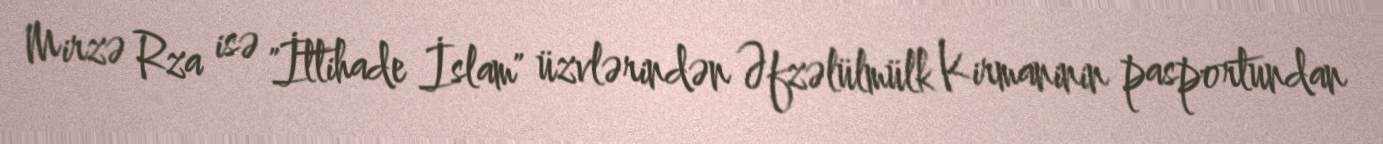
Mirzə Rza isə "İttihade İslam" üzvlərindən Əfzəlülmülk Kirmaninin pasportundan